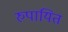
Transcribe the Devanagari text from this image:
रुपायित